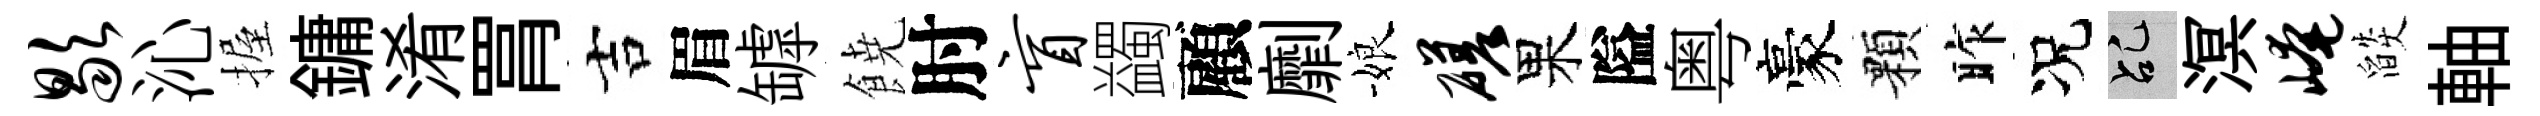
歇沁握鏞淆罥吉眉罅𩜙肘盲蠲顧劘娘磋果隘粤豪顆昨况乩溟崦燄軸